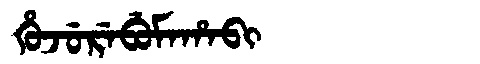
Manchu: ᡥᡠᠵᡠᡵᡝᠪᡠᠮᠠᡥᠠᠪᡳ
Romanization: HUJUREBUMAHABI